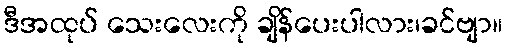
ဒီအထုပ် သေးလေးကို ချိန်ပေးပါလား၊ခင်ဗျာ။